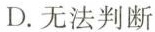
D.无法判断